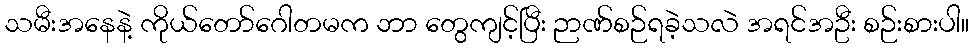
သမီးအနေနဲ့ ကိုယ်တော်ဂေါတမက ဘာ တွေကျင့်ပြီး ဉာဏ်စဉ်ရခဲ့သလဲ အရင်အဦး စဉ်းစားပါ။